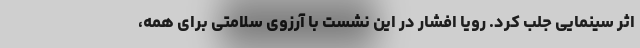
اثر سینمایی جلب کرد. رویا افشار در این نشست با آرزوی سلامتی برای همه،